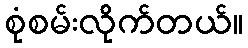
စုံစမ်းလိုက်တယ်။